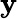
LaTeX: \mathbf{y}